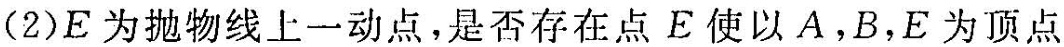
(2)E为抛物线上一动点，是否存在点E使以A，B，E为顶点